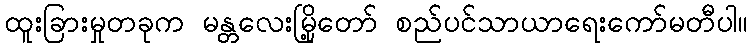
ထူးခြားမှုတခုက မန္တလေးမြို့တော် စည်ပင်သာယာရေးကော်မတီပါ။